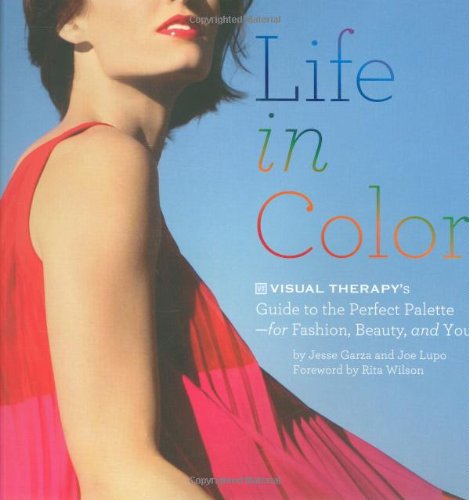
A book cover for Life in Color: The Visual Therapy Guide to the Perfect Palette--for Fashion, Beauty, and You!; Jesse Garza; Health, Fitness & Dieting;